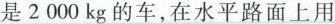
是2000kg的车，在水平路面上用